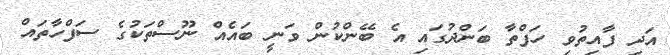
އަދި ފާއިތުވި ހަފްތާ ބަންދުގައި އެ ބޭންކުން ވަނީ ބައެއް ނޫސްތަކުގެ ސަފްހާތައް